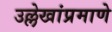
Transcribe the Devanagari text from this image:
उल्लेखांप्रमाणे